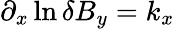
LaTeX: \partial_{x}\ln\delta B_{y}=k_{x}